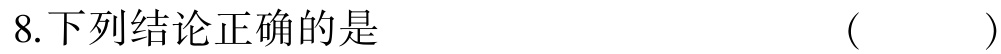
8.下列结论正确的是  ( )